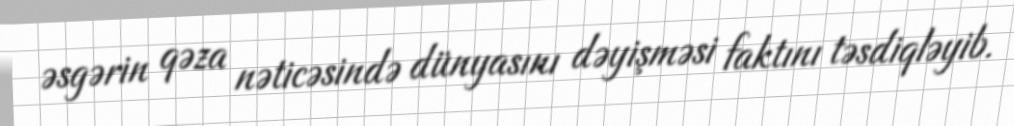
əsgərin qəza nəticəsində dünyasını dəyişməsi faktını təsdiqləyib.